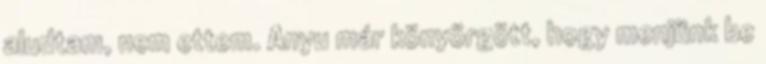
aludtam, nem ettem. Anyu már könyörgött, hogy menjünk be